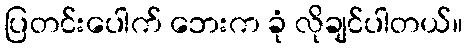
ပြတင်းပေါက် ဘေးက ခုံ လိုချင်ပါတယ်။